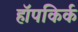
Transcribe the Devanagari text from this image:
हॉपकिर्क